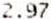
2.97